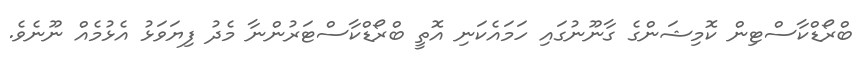
ބްރޯޑްކާސްޓިން ކޮމިޝަންގެ ގާނޫނުގައި ހަމައެކަނި އޮތީ ބްރޯޑްކާސްޓަރުންނާ މެދު ފިޔަވަޅު އެޅުމެއް ނޫނެވެ.